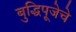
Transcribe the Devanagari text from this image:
बुद्धिपूजेचे